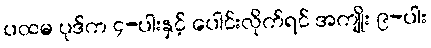
ပထမ ပုဒ်က ၄-ပါးနှင့် ပေါင်းလိုက်ရင် အကျိုး ၉-ပါး